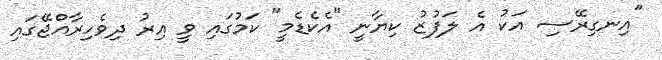
"އިނގިރޭސި އަކު އެ ލަފުޒު ކިޔާނީ "އެކެޑެމީ" ކަމުގައި ވީ އިރު ދިވެހިރާއްޖޭގައި